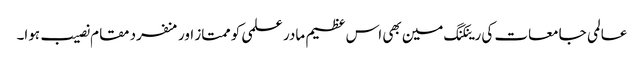
عالمی جامعات کی رینکنگ مین بھی اس عظیم مادر علمی کو ممتاز اور منفرد مقام نصیب ہوا۔